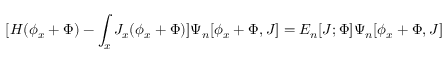
[ H ( \phi _ { x } + \Phi ) - \int _ { x } J _ { x } ( \phi _ { x } + \Phi ) ] \Psi _ { n } [ \phi _ { x } + \Phi , J ] = E _ { n } [ J ; \Phi ] \Psi _ { n } [ \phi _ { x } + \Phi , J ]